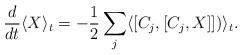
LaTeX: \begin{align*}\frac{d}{dt}\langle X \rangle_t = - \frac{1}{2}\sum\limits_{j}\langle[C_{j},[C_{j},X ]]) \rangle_t.\end{align*}